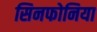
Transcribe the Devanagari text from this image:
सिनफोनिया